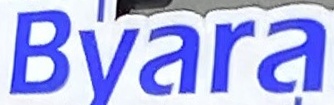
Byara